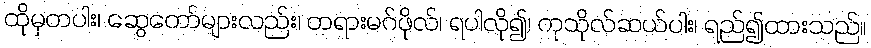
ထိုမှတပါး၊ ဆွေတော်များလည်း၊ တရားမဂ်ဖိုလ်၊ ရပါလို၍၊ ကုသိုလ်ဆယ်ပါး၊ ရည်၍ထားသည်။